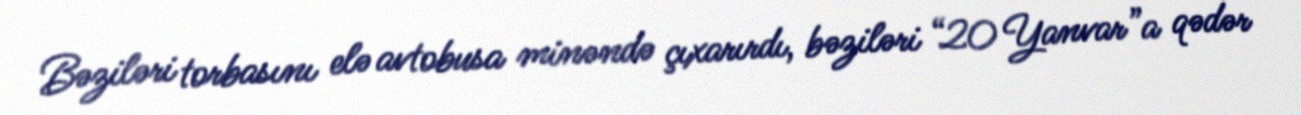
Bəziləri torbasını elə avtobusa minəndə çıxarırdı, bəziləri “20 Yanvar”a qədər